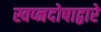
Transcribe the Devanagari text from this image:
स्वप्नदोषाद्वारे